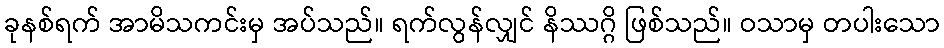
ခုနစ်ရက် အာမိသကင်းမှ အပ်သည်။ ရက်လွန်လျှင် နိဿဂ္ဂိ ဖြစ်သည်။ ဝသာမှ တပါးသော